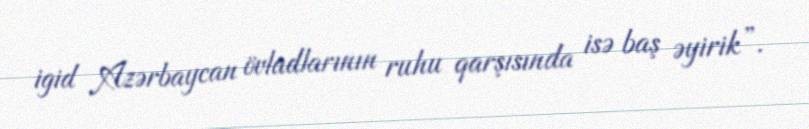
igid Azərbaycan övladlarının ruhu qarşısında isə baş əyirik”.